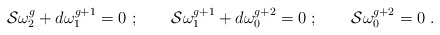
\begin{align*}{\cal S}\omega_2^g+d\omega_1^{g+1}=0\ ;\qquad {\cal S}\omega_1^{g+1}+d\omega_0^{g+2}=0\ ;\qquad{\cal S}\omega_0^{g+2}=0 \ .\end{align*}